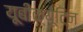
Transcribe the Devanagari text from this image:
यूबीक्यूटिन